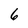
Character: 6